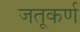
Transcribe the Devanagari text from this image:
जतूकर्ण